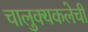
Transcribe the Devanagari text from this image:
चालुक्यकलेची